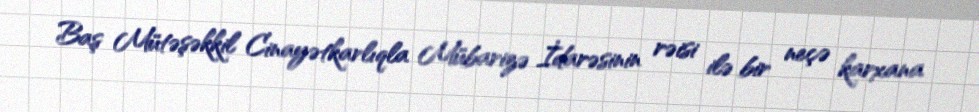
Baş Mütəşəkkil Cinayətkarlıqla Mübarizə İdarəsinin rəisi ilə bir neçə karxana